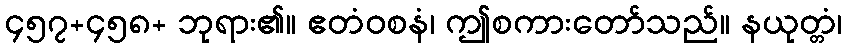
၄၅၇+၄၅၈+ ဘုရား၏။ ဧတံဝစနံ၊ ဤစကားတော်သည်။ နယုတ္တံ၊